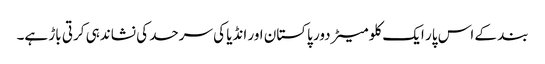
بند کے اس پار ایک کلو میٹر دور پاکستان اور انڈیا کی سرحد کی نشاندہی کرتی باڑ ہے۔